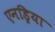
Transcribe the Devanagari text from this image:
एनड्रिया